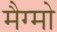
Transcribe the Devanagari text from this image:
मैग्मो